Riigikantselei, lk 44
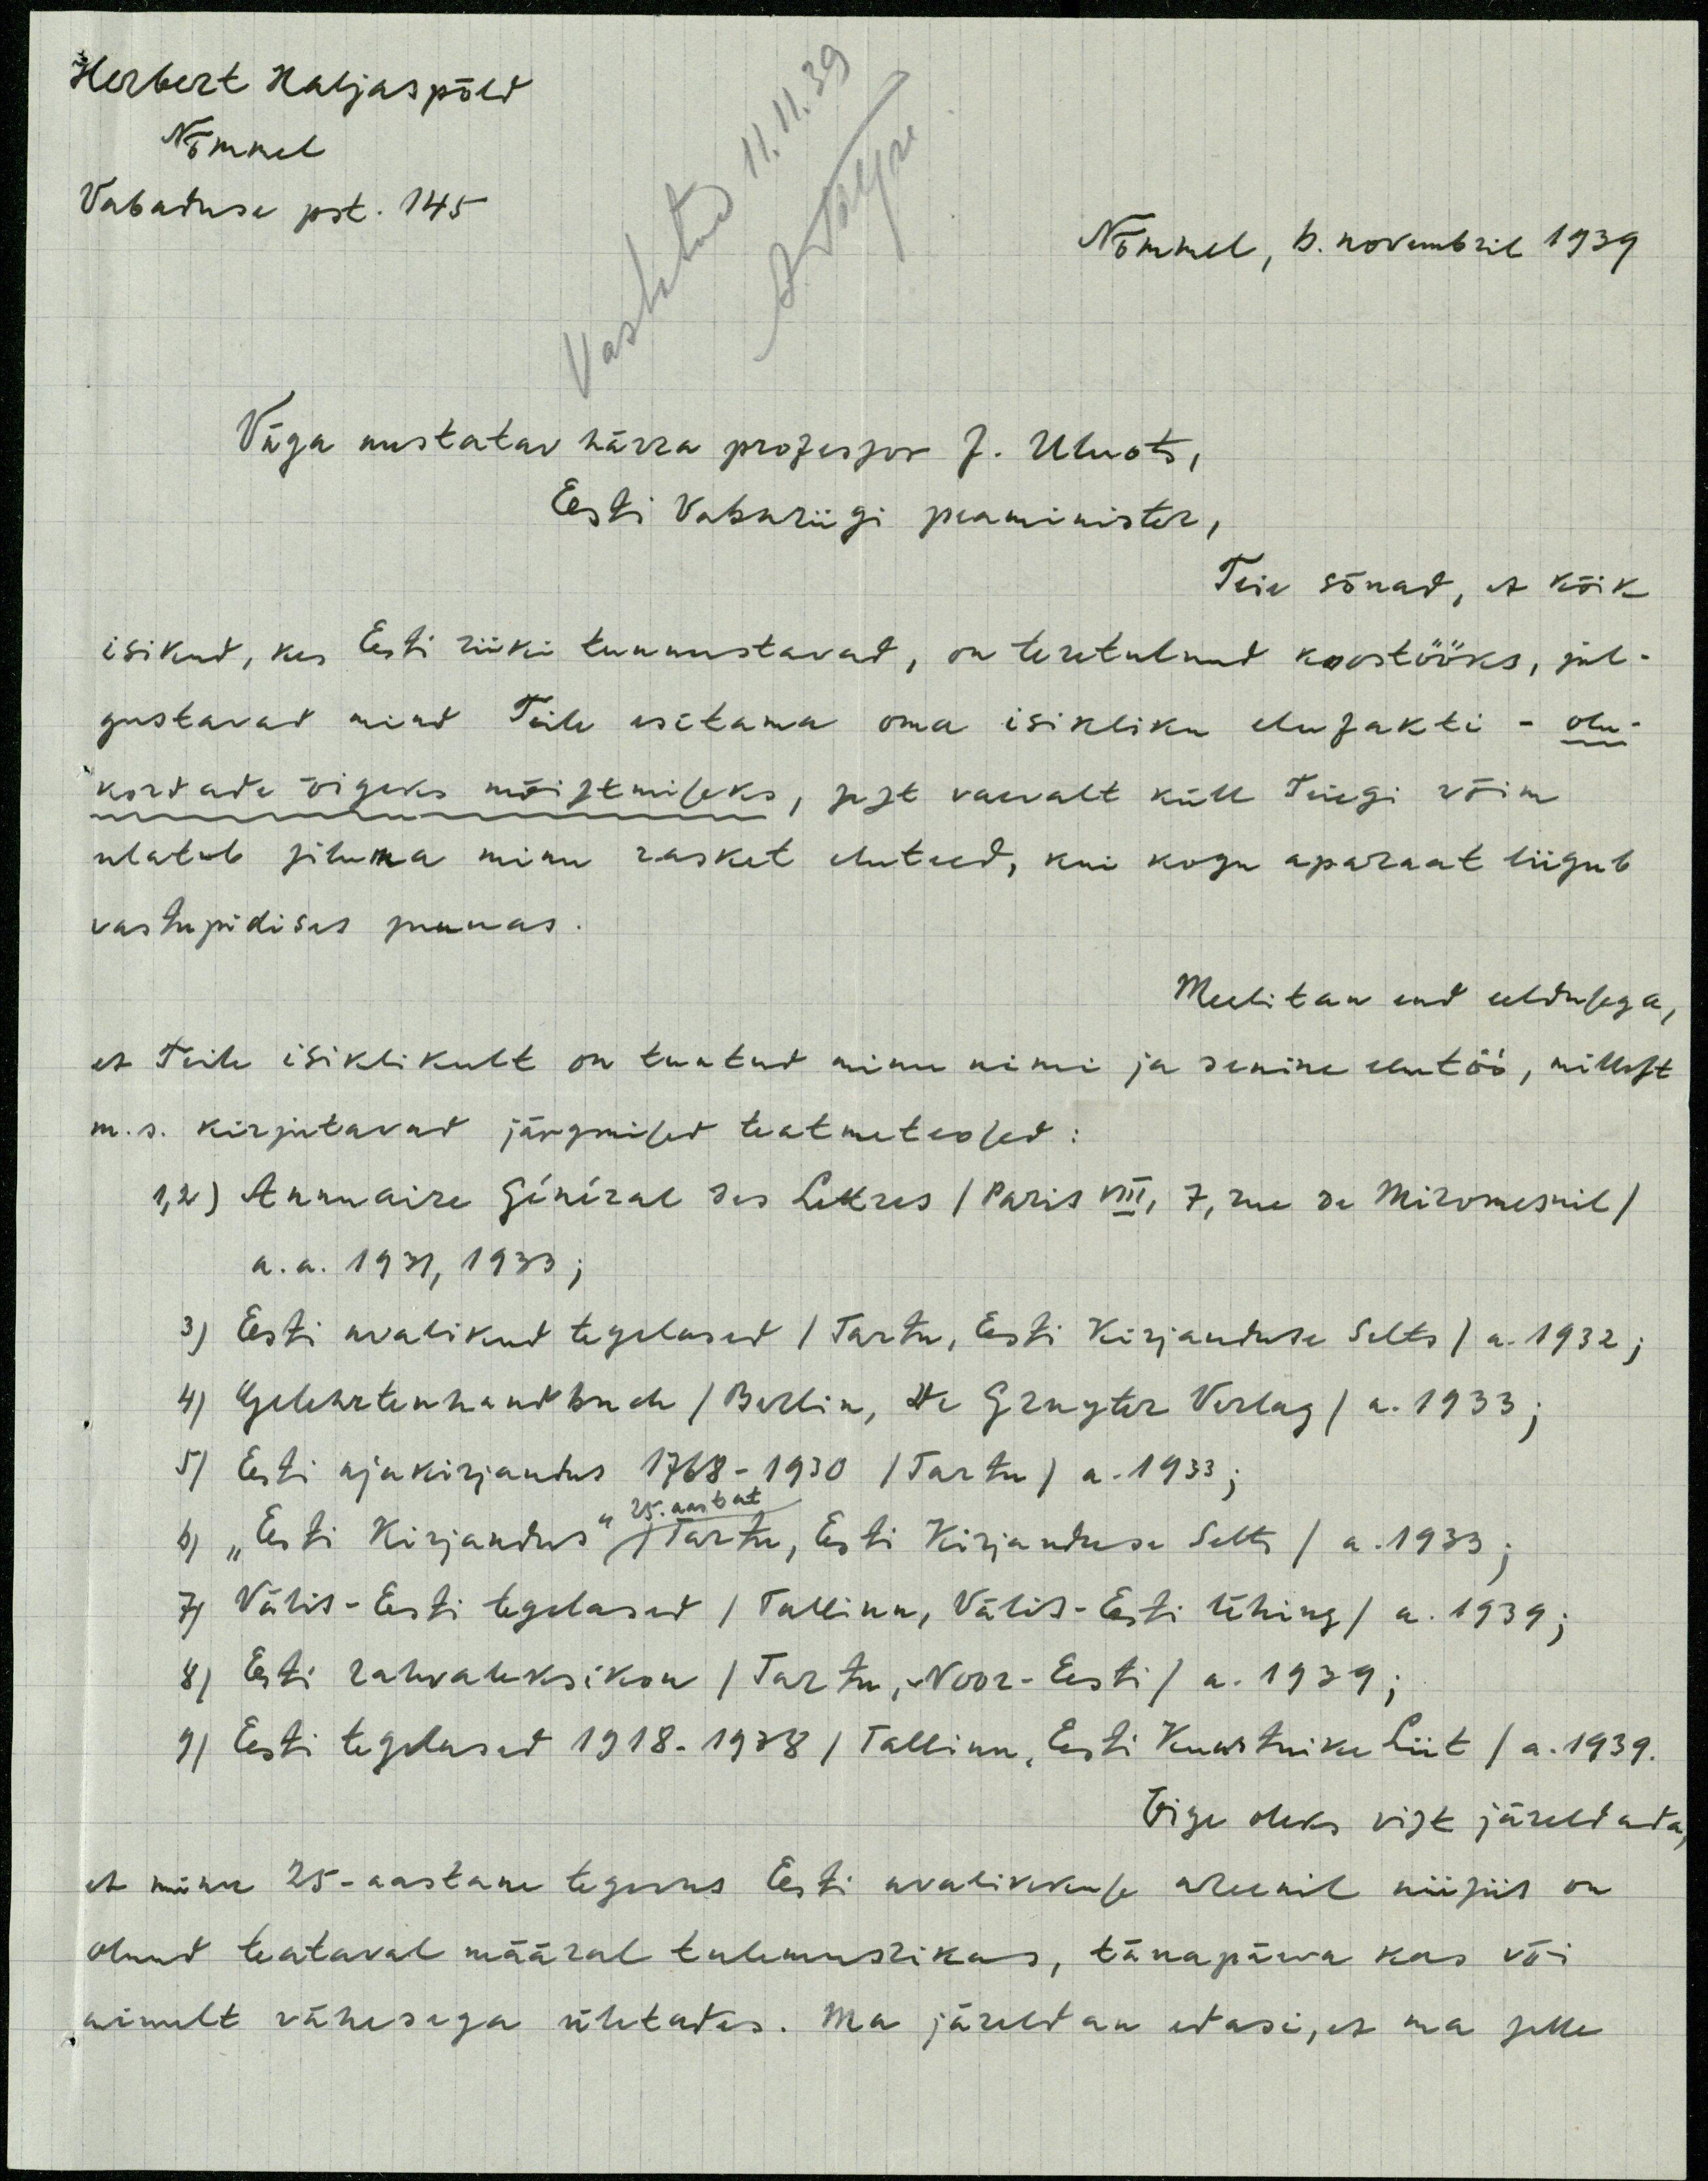
Vastatud 11.11.39
Herbert Haljaspõld
Nõmme
Vabaduse pst. 145
Nõmmel, 6. novembril 1939.
Väga austatav härra professor J. Uluots,
Eesti Vabariigi peaminister,
Teie sõnad, et kõik
isikud, kes Eesti riiki tunnustavad, on teretulnud koostööks, jul-
gustavad mind Teile esitama oma isikliku elufakti - olu-
kordade õigeks mõistmiseks, sest vaevalt küll Teiegi võim
ulatab siluma minu rasket eluteed, kui kogu aparaat liigub
vastupidises suunas.
Meelitan end eeldusega,
et Teile isiklikult on tuntud minu nimi ja senine elutöö, millest
m. s. kirjutavad järgmised teatmeteosed:
1,2) Annuaire Sininal des Littres /Paris VII, 7, see on Micvnesril/
a. a. 1931, 1933;
3) Eesti avalikud tegelased /Tartu, Eesti Kirjanduse Selts/ a. 1932;
4) Gelehrtenhandbuch /Berlin, He Grongter Verlag/ a. 1933;
5) Eesti ajakirjandus 1768-1930 /Tartu/ a.1933;
6) "Eesti Kirjandus" Tartu, Eesti Kirjanduse Selts / a. 1933;
25. aastat
7) Välis-Eesti tegelased /Tallinn, Välis-Esti Ühing/ a. 1939;
8) Eesti rahvaleksikon /Tartu, -Noor-Eesti/ a. 1939;
9) Eesti tegelased 1918-1938 /Tallinn, Eest Kunstnike Liit/ a. 1939.
Õige oleks vist järeldada
et minu 25-aastane tegevus Eesti avalikkuse areenil niisiis on
olnud teataval määral tulemusrikas, tänapäeva kas või
ainult vähesega ühtades. Ma järeldan edasi, et ma selle